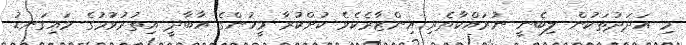
މި އަދަދުތަކުން ލިބެނީ ނުރައްކާތެރި އިންޒާރެކެވެ ކުށްކުރާ މީހުންގެ އާބާދީ އިތުރުވުމުގެ މައިގަނޑު